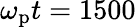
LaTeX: \omega_{\mathrm{p}}t=1500